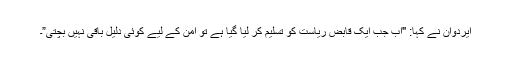
ایردوان نے کہا: "اب جب ایک قابض ریاست کو تسلیم کر لیا گیا ہے تو امن کے لیے کوئی دلیل باقی نہیں بچتی”۔